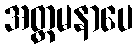
အတ္တမနာပေ